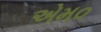
એમ૦